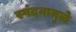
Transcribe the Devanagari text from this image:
स्पंदनामुळे